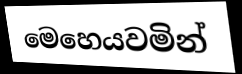
මෙහෙයවමින්